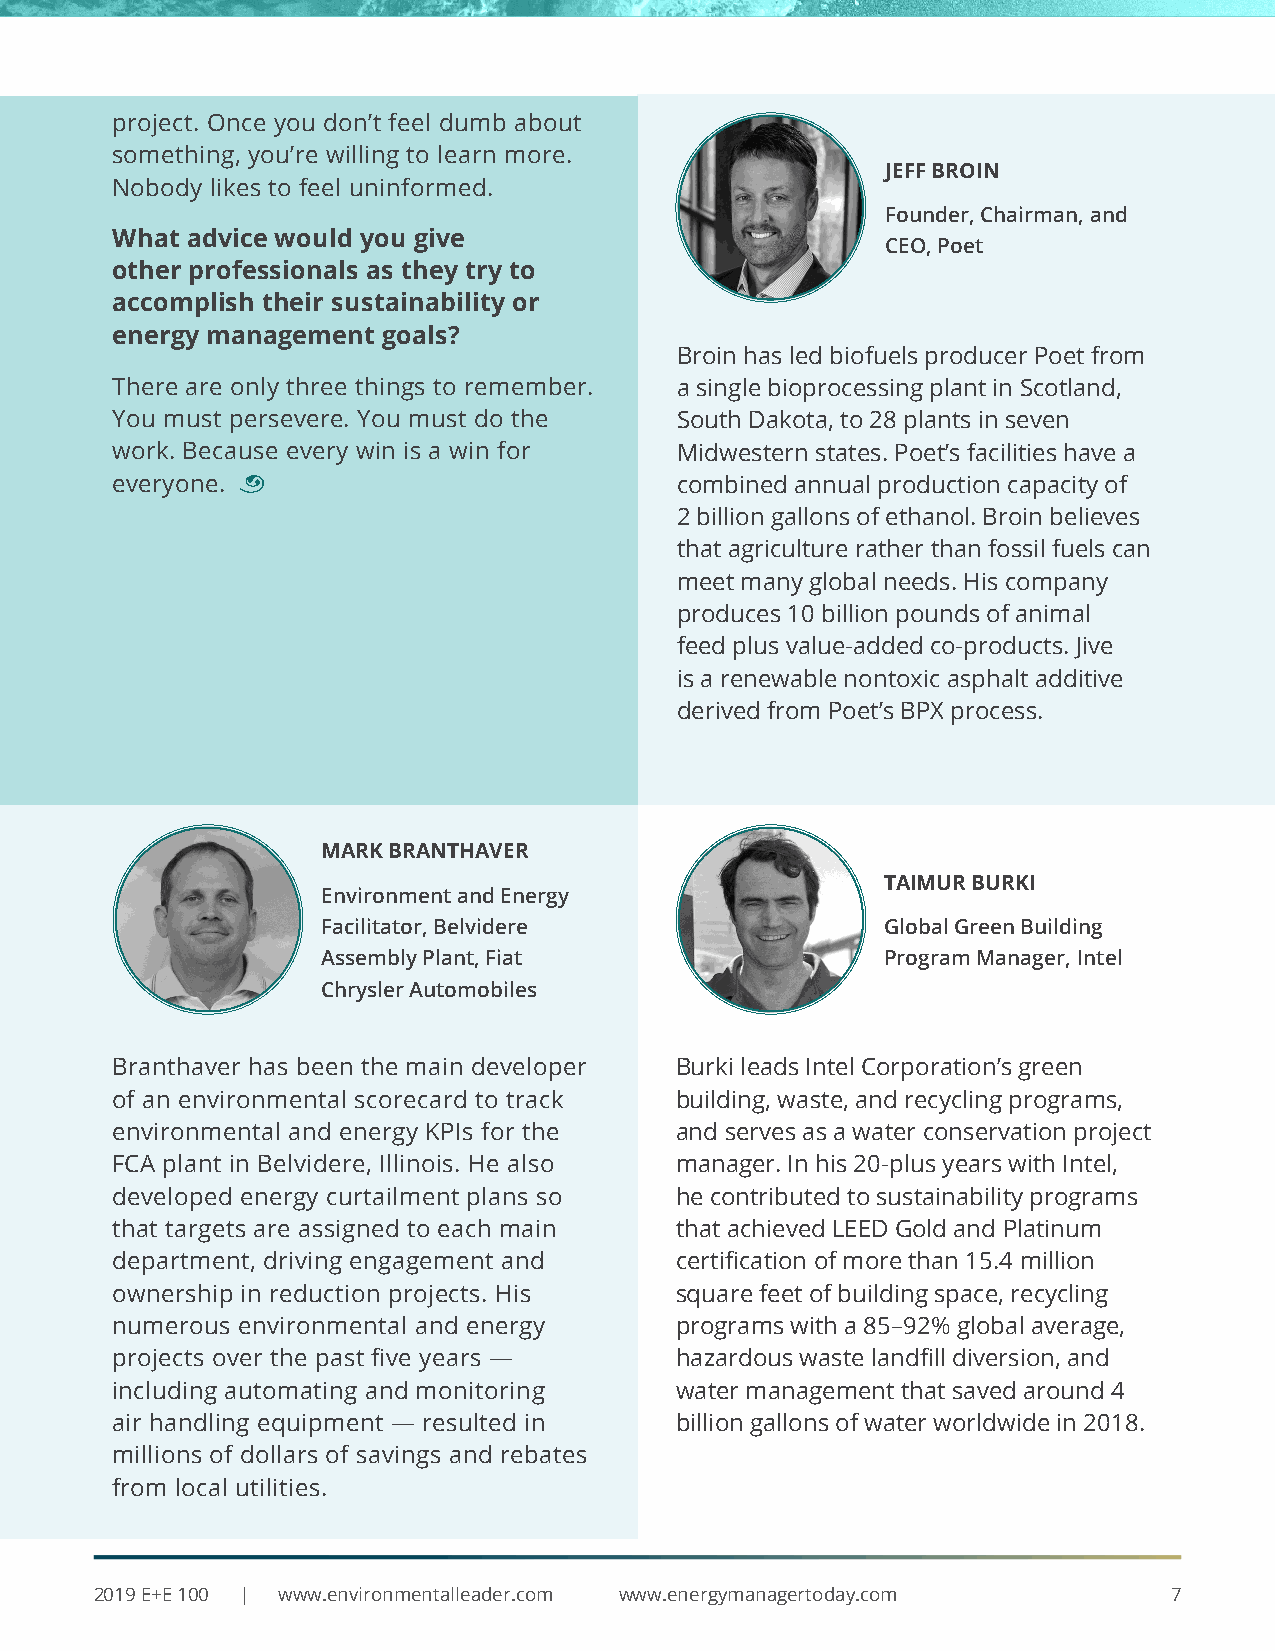
project. Once you don’t feel dumb about
 something, you’re willing to learn more.
 JEFF BROIN
 Nobody likes to feel uninformed.
 Founder, Chairman, and
 What advice would you give
 CEO, Poet
 other professionals as they try to
 accomplish their sustainability or
 energy management goals?
 Broin has led biofuels producer Poet from
 There are only three things to remember. a single bioprocessing plant in Scotland,
 You must persevere. You must do the   South Dakota, to 28 plants in seven
 work. Because every win is a win for  Midwestern states. Poet’s facilities have a
 everyone. ¨                           combined annual production capacity of
 2 billion gallons of ethanol. Broin believes
 that agriculture rather than fossil fuels can
 meet many global needs. His company
 produces 10 billion pounds of animal
 feed plus value-added co-products. Jive
 is a renewable nontoxic asphalt additive
 derived from Poet’s BPX process.
 MARK BRANTHAVER
 TAIMUR BURKI
 Environment and Energy
 Facilitator, Belvidere                Global Green Building
 Assembly Plant, Fiat                  Program Manager, Intel
 Chrysler Automobiles
 Branthaver has been the main developer Burki leads Intel Corporation’s green
 of an environmental scorecard to track building, waste, and recycling programs,
 environmental and energy KPIs for the and serves as a water conservation project
 FCA plant in Belvidere, Illinois. He also manager. In his 20-plus years with Intel,
 developed energy curtailment plans so he contributed to sustainability programs
 that targets are assigned to each main that achieved LEED Gold and Platinum
 department, driving engagement and    certification of more than 15.4 million
 ownership in reduction projects. His  square feet of building space, recycling
 numerous environmental and energy     programs with a 85–92% global average,
 projects over the past five years —   hazardous waste landfill diversion, and
 including automating and monitoring   water management that saved around 4
 air handling equipment — resulted in  billion gallons of water worldwide in 2018.
 millions of dollars of savings and rebates
 from local utilities.
 2019 E+E 100 | www.environmentalleader.com www.energymanagertoday.com  7